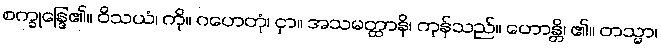
စက္ခုန္ဒြေ၏။ ဝိသယံ၊ ကို။ ဂဟေတုံ၊ ငှာ။ အသမတ္ထာနိ၊ ကုန်သည်။ ဟောန္တိ၊ ၏။ တသ္မာ၊